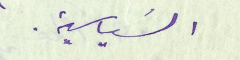
السَياسية.